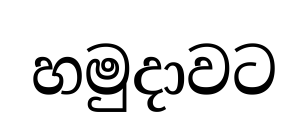
හමුදාවට